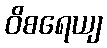
ဝိစရေယျ